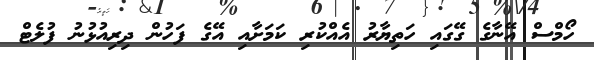
ހޯމްސް އޭނާގެ ގޭގައި ހަތިޔާރު އެއްކުރި ކަމަށާއި އޭގެ ފަހުން ދިރިއުޅުނު ފުލެޓް